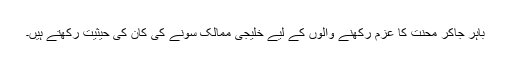
باہر جاکر محنت کا عزم رکھنے والوں کے لیے خلیجی ممالک سونے کی کان کی حیثیت رکھتے ہیں۔